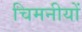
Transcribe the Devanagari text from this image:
चिमनीयों